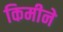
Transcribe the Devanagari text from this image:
किमीने